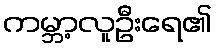
ကမ္ဘာ့လူဦးရေ၏